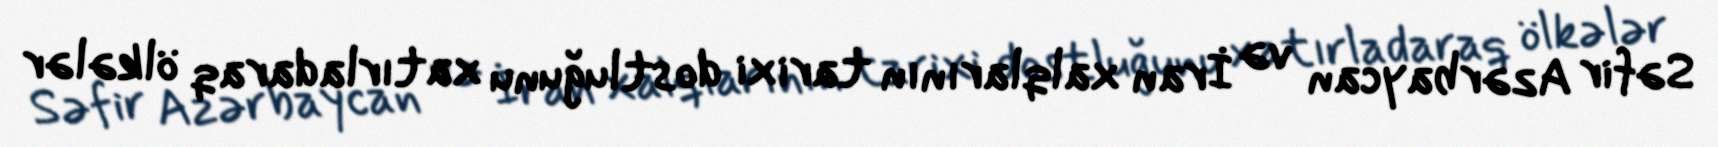
Səfir Azərbaycan və İran xalqlarının tarixi dostluğunu xatırladaraq ölkələr